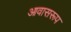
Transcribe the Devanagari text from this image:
आवासरूप